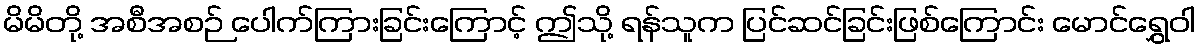
မိမိတို့ အစီအစဉ် ပေါက်ကြားခြင်းကြောင့် ဤသို့ ရန်သူက ပြင်ဆင်ခြင်းဖြစ်ကြောင်း မောင်ရွှေဝါ